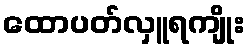
ထောပတ်လှူရကျိုး